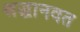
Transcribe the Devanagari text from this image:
श्रद्धानवत